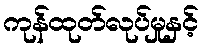
ကုန်ထုတ်လုပ်မှုနှင့်